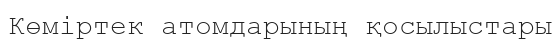
Көміртек атомдарының қосылыстары